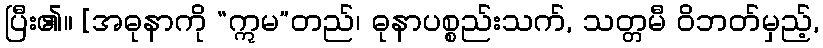
ပြီး၏။ [အဓုနာကို “ဣမ”တည်၊ ဓုနာပစ္စည်းသက်, သတ္တမီ ဝိဘတ်မှည့်,